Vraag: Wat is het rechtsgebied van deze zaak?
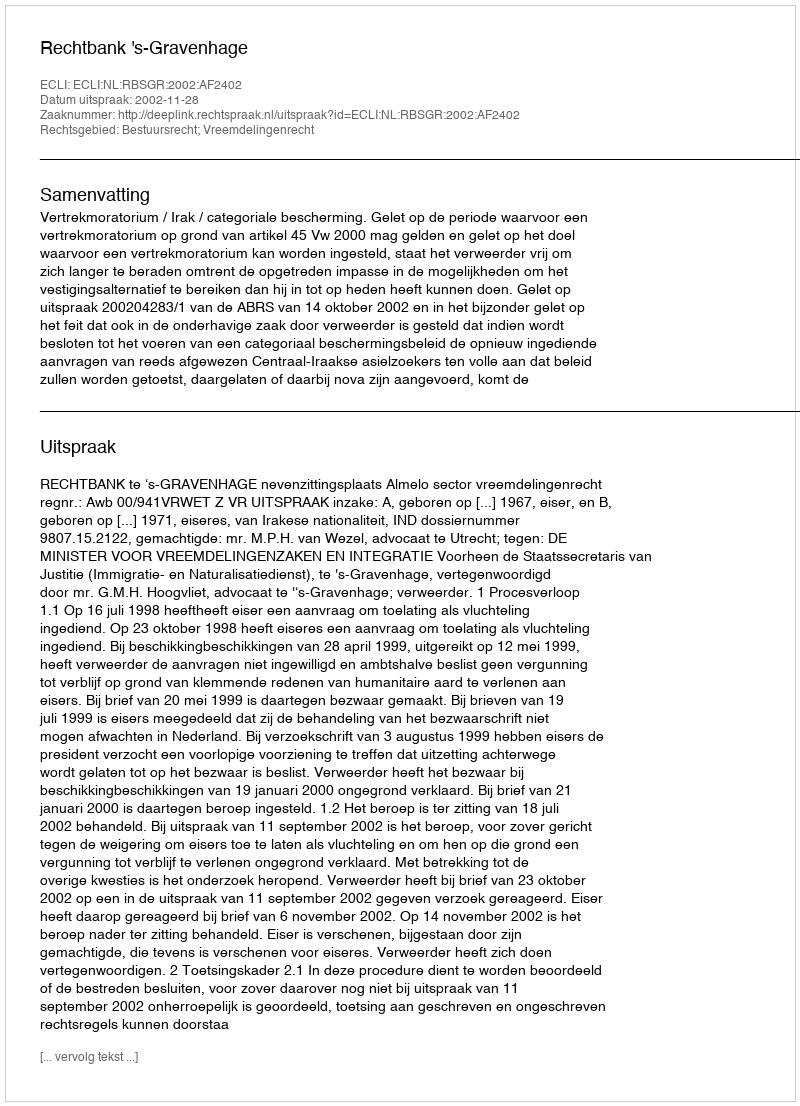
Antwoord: Bestuursrecht; Vreemdelingenrecht